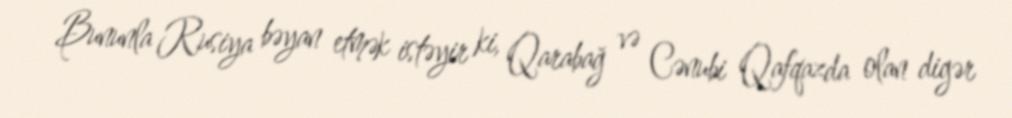
Bununla Rusiya bəyan etmək istəyir ki, Qarabağ və Cənubi Qafqazda olan digər